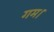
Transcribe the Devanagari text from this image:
गम।